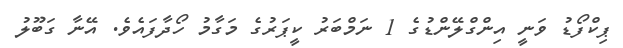
ޕިކްފޯޑު ވަނީ އިންގްލޭންޑުގެ 1 ނަމްބަރު ކީޕަރުގެ މަގާމު ހޯދާފައެވެ. އޭނާ ގަބޫލު